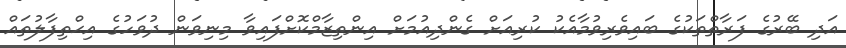
އަދި ބޭރުގެ ފަރާތްތަކުގެ ބައިވެރިވުމާއެކު ކުރިއަށް ގެންދިއުމަށް އިންތިޒާމްކޮށްފައިވާ މިނިވަން ދުވަހުގެ އިޙްތިފާލުތައް